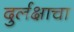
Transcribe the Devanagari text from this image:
दुर्लक्षाचा